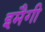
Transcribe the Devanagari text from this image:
इमैगी